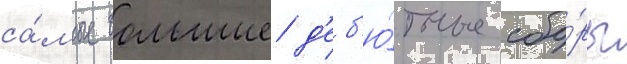
са́мые большие д'еб'ю́тные сбо́ры